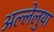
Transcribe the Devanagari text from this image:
अल्लेलुया